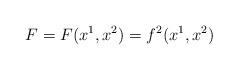
LaTeX: \begin{align*}F=F(x^1,x^2)=f^2(x^1,x^2)\end{align*}